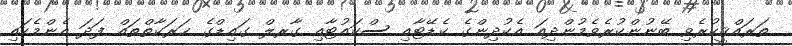
ތަރައްޤީކުރެވި ބޭނުންކުރެވެމުންދިއަ އެކުދިންގެ ކެޑޭޓާއި ސްކައުޓާއި ގާރލް ގައިޑްގެ ޙަރަކާތްތައް ފަދަ އެންމެހައި